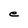
Character: e